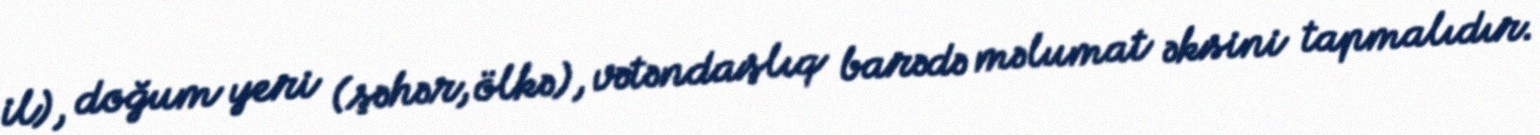
il), doğum yeri (şəhər, ölkə), vətəndaşlıq barədə məlumat əksini tapmalıdır.